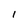
Character: l